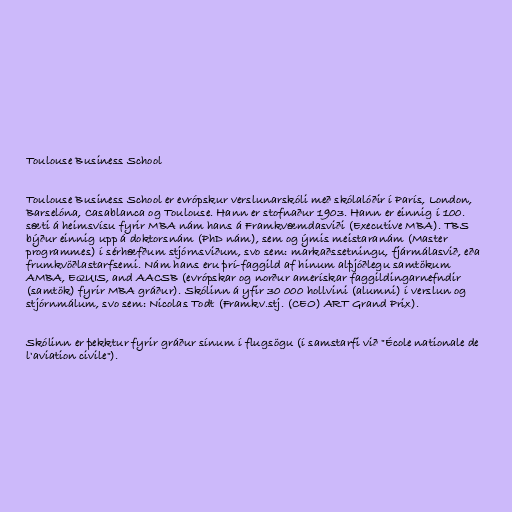
Toulouse Business School

Toulouse Business School er evrópskur verslunarskóli með skólalóðir í París, London,
Barselóna, Casablanca og Toulouse. Hann er stofnaður 1903. Hann er einnig í 100.
sæti á heimsvísu fyrir MBA nám hans á Framkvæmdasviði (Executive MBA). TBS
býður einnig upp á doktorsnám (PhD nám), sem og ýmis meistaranám (Master
programmes) í sérhæfðum stjórnsviðum, svo sem: markaðssetningu, fjármálasvið, eða
frumkvöðlastarfsemi. Nám hans eru þrí-faggild af hinum alþjóðlegu samtökum
AMBA, EQUIS, and AACSB (evrópskar og norður amerískar faggildingarnefndir
(samtök) fyrir MBA gráður). Skólinn á yfir 30 000 hollvini (alumni) í verslun og
stjórnmálum, svo sem: Nicolas Todt (Framkv.stj. (CEO) ART Grand Prix).

Skólinn er þekktur fyrir gráður sínum í flugsögu (í samstarfi við "École nationale de
l'aviation civile").